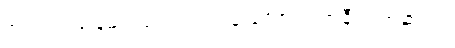
၆။ ကင်းခြေများကျောက်ကုန်းလောက် အနီရင့်အဆင်း။